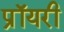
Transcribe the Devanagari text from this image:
प्रॉयरी